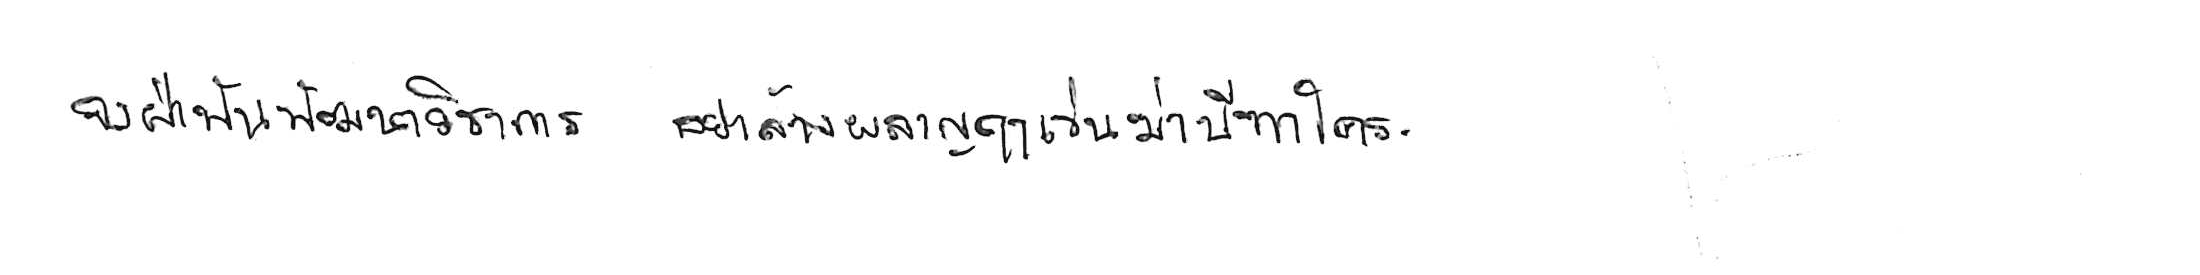
จงฝ่าฟันพัฒนาวิชาการ อย่าล้างผลาญฤๅเข่นฆ่าบีฑาใคร